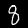
Label: 8